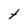
Character: t